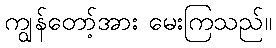
ကျွန်တော့်အား မေးကြသည်။